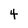
Character: 4